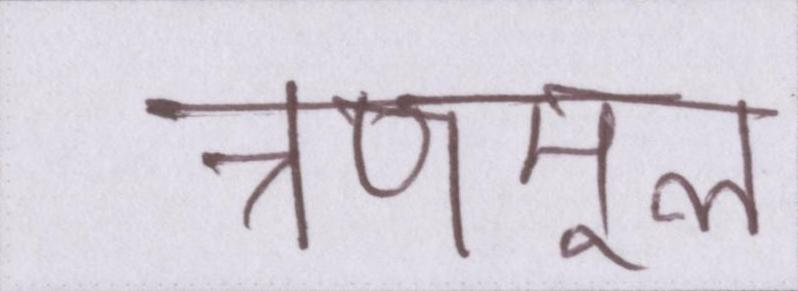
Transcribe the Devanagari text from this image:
त्रणमूल